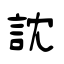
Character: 訦